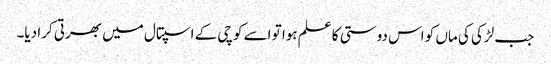
جب لڑکی کی ماں کو اس دوستی کا علم ہوا تو اسے کوچی کے اسپتال میں بھرتی کرا دیا۔